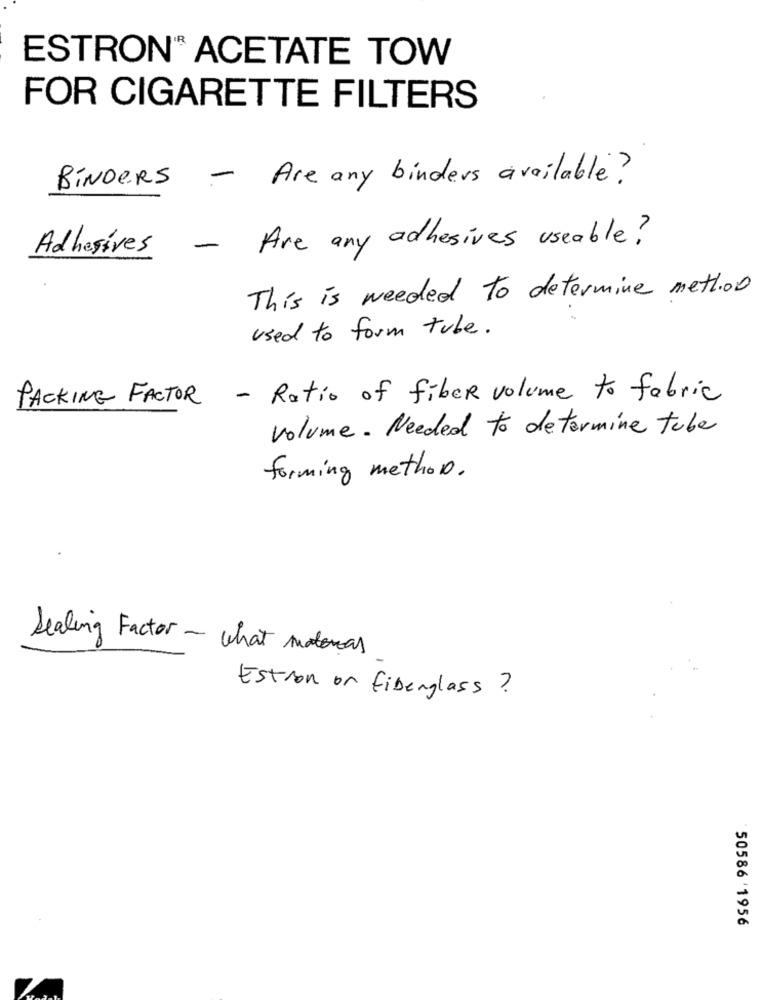
ESTRON® ACETATE TOW
FOR CIGARETTE FILTERS
BINDERS - Are any binders available?
- Are any adhesives useable?
Adhesives
This is needed To determine method
used to form tube.
PACKING FACTOR - Ratio of fiber volume to fabric
volume. Needed to determine tube
forming methon .
Sealing Factor - what maters
Estron or fiberglass ?
50586'1956